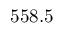
5 5 8 . 5